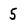
Character: 5